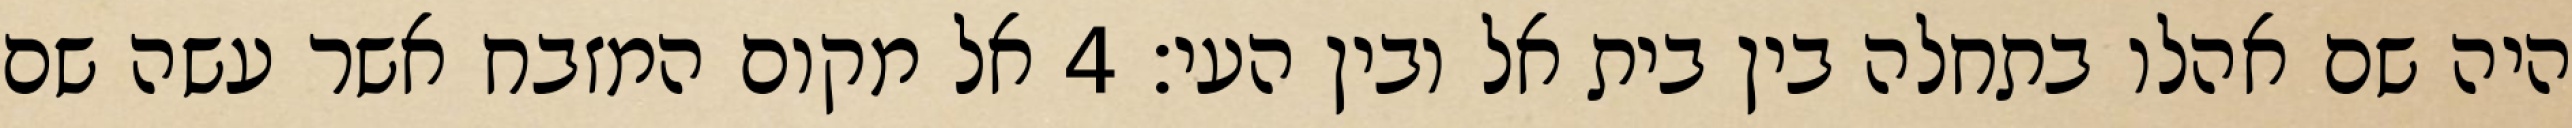
היה שם אהלו בתחלה בין בית אל ובין העי׃ ‎4‏ אל מקום המזבח אשר עשה שם